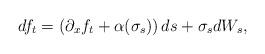
LaTeX: \begin{align*} df_t= \left(\partial_x f_t+\alpha(\sigma_s)\right)ds + \sigma_s dW_s,\end{align*}